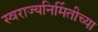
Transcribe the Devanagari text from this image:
स्वराज्यनिर्मितीच्या